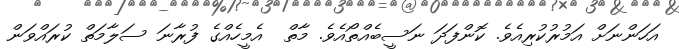
އަހަންނަށް އަމުރުކުރިއެވެ. ކޮންފަދަ ނަސީބެއްތޯއެވެ. މާތް  އެމީހެއްގެ ފުރާނަ ސަލާމަތް ކުރައްވަން